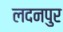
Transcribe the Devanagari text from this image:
लदनपुर